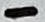
Text: -